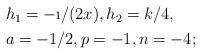
LaTeX: \begin{align*}\begin{aligned}&h_1=-\i/(2x),h_2=k/4,\\&a=-1/2,p=-1,n=-4 ;\end{aligned}\end{align*}